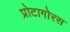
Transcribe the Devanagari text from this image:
प्रोटागोरस